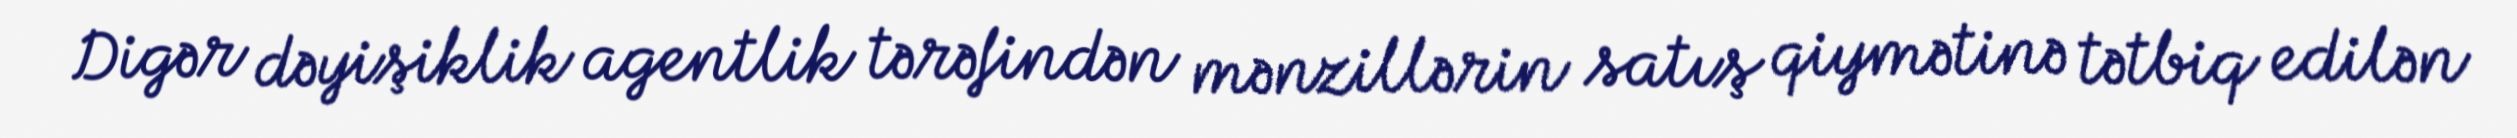
Digər dəyişiklik agentlik tərəfindən mənzillərin satış qiymətinə tətbiq edilən